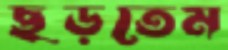
ছড়তেম